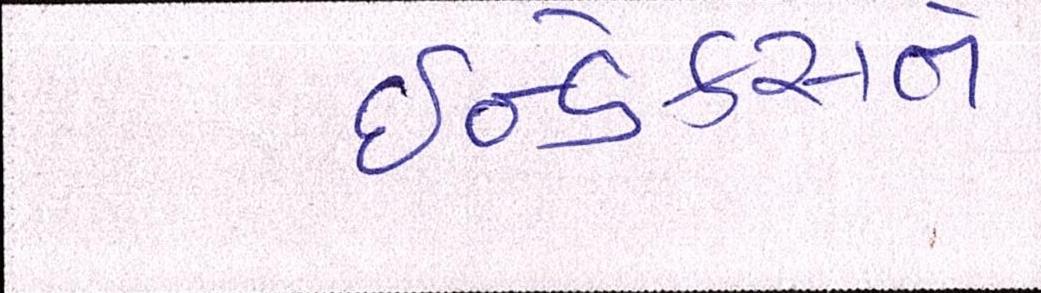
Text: ઇન્ડેક્સને